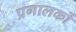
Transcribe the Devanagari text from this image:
प्रगालकों